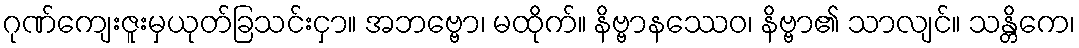
ဂုဏ်ကျေးဇူးမှယုတ်ခြသင်းငှာ။ အဘဗ္ဗော၊ မထိုက်။ နိဗ္ဗာနဿေဝ၊ နိဗ္ဗာ၏ သာလျင်။ သန္တိကေ၊